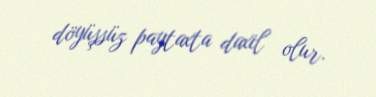
döyüşsüz paytaxta daxil olur.